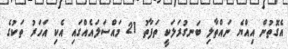
އެގޮތުން އިއްޔެ ނައްތާލި ބަނގުރަލަކީ ތަފާތު 21 މައްސަލައެއްގައި އެކި އަހަރު ތަކުގެ